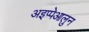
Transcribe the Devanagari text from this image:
अइप्पेआलुन